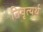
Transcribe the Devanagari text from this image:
निवृत्यर्थ